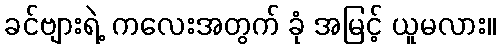
ခင်ဗျားရဲ့ ကလေးအတွက် ခုံ အမြင့် ယူမလား။